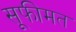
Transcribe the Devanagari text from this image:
सूफीमत